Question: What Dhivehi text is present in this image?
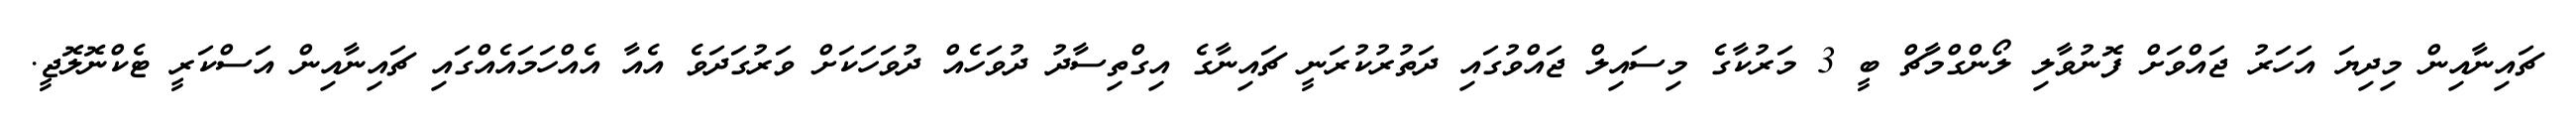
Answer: ޗައިނާއިން މިދިޔަ އަހަރު ޖައްވަށް ފޮނުވާލި ލޯންގްމާޗް ބީ 3 މަރުކާގެ މިސައިލް ޖައްވުގައި ދަތުރުކުރަނީ ޗައިނާގެ އިގްތިސާދު ދުވަހެއް ދުވަހަކަށް ވަރުގަދަވެ އެއާ އެއްހަމައެއްގައި ޗައިނާއިން އަސްކަރީ ޓެކްނޮލޮޖީ.